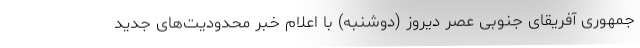
جمهوری آفریقای جنوبی عصر دیروز (دوشنبه) با اعلام خبر محدودیت‌های جدید